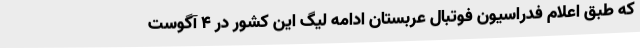
که طبق اعلام فدراسیون فوتبال عربستان ادامه لیگ این کشور در 4 آگوست